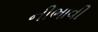
નીભાવી